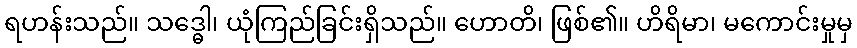
ရဟန်းသည်။ သဒ္ဓေါ၊ ယုံကြည်ခြင်းရှိသည်။ ဟောတိ၊ ဖြစ်၏။ ဟိရိမာ၊ မကောင်းမှုမှ